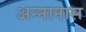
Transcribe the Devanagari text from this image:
अन्नानास